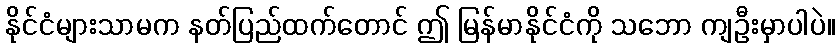
နိုင်ငံများသာမက နတ်ပြည်ထက်တောင် ဤ မြန်မာနိုင်ငံကို သဘော ကျဦးမှာပါပဲ။